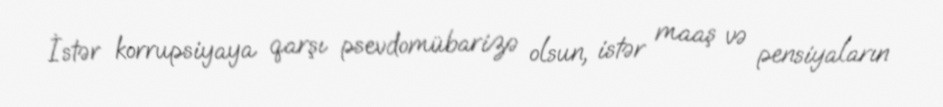
İstər korrupsiyaya qarşı psevdomübarizə olsun, istər maaş və pensiyaların